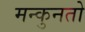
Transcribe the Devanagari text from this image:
मन्कुनतो